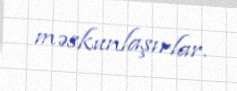
məskunlaşırlar.